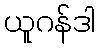
ယူဂန်ဒါ